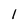
Character: l